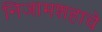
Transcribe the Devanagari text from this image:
निजामशहाचे